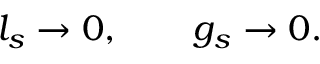
l _ { s } \rightarrow 0 , \qquad g _ { s } \rightarrow 0 .